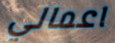
اعمالي